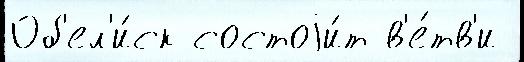
Об'ел'и́ск состоjи́т в'е́тв'и